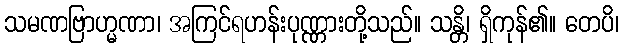
သမဏဗြာဟ္မဏာ၊ အကြင်ရဟန်းပုဏ္ဏားတို့သည်။ သန္တိ၊ ရှိကုန်၏။ တေပိ၊